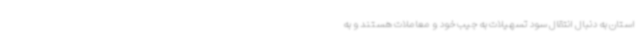
استان به دنبال انتقال سود تسهیلات به جیب خود و معاملات هستند و به